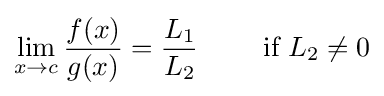
\lim _{x\to c}{\frac {f(x)}{g(x)}}={\frac {L_{1}}{L_{2}}}\qquad {\text{ if }}L_{2}\neq 0